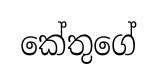
කේතුගේ